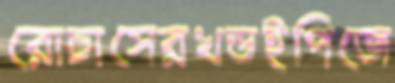
রোচাসেরখন্ডইপিজে